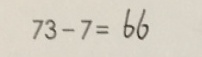
7 3 - 7 = 6 6